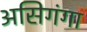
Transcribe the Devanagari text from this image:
असिगंगा